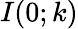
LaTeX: I(0;k)